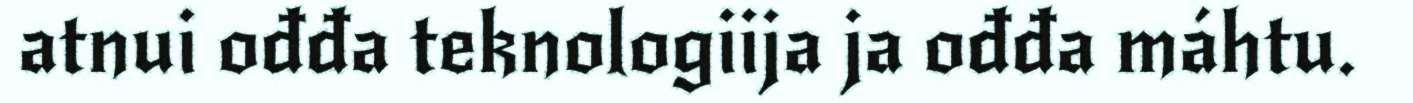
atnui ođđa teknologiija ja ođđa máhtu.